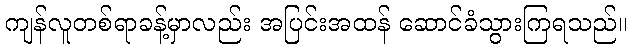
ကျန်လူတစ်ရာခန့်မှာလည်း အပြင်းအထန် ဆောင်ခံသွားကြရသည်။